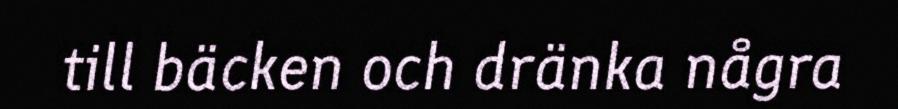
till bäcken och dränka några